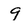
Character: 9